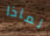
لماذا